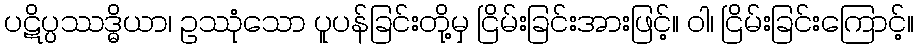
ပဋိပ္ပဿဒ္ဓိယာ၊ ဥဿုံသော ပူပန်ခြင်းတို့မှ ငြိမ်းခြင်းအားဖြင့်။ ဝါ၊ ငြိမ်းခြင်းကြောင့်။